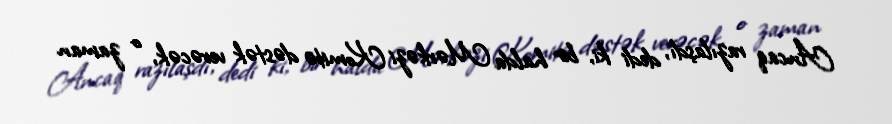
Ancaq razılaşdı, dedi ki, bir halda Mərkəzi Komitə dəstək verəcək, o zaman